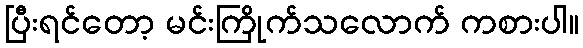
ပြီးရင်တော့ မင်းကြိုက်သလောက် ကစားပါ။